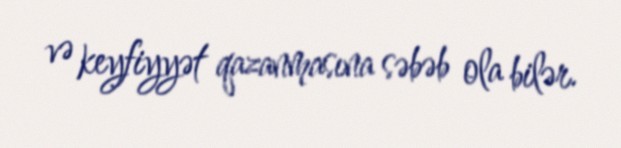
və keyfiyyət qazanmasına səbəb ola bilər.